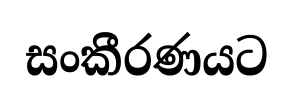
සංකීරණයට